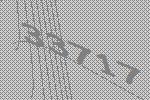
33717